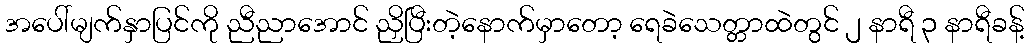
အပေါ်မျက်နှာပြင်ကို ညီညာအောင် ညှိပြီးတဲ့နောက်မှာတော့ ရေခဲသေတ္တာထဲတွင် ၂ နာရီ ၃ နာရီခန့်